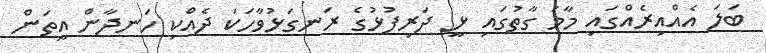
ބަލަ އެއްއިރެއްގައި މާމަ ގާތުގައި ޅީ ދަރިފުޅުގެ ރަނގަޅުވާހަކަ ދެއްކި ހަނދާން އީތަން